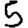
Digit: 5